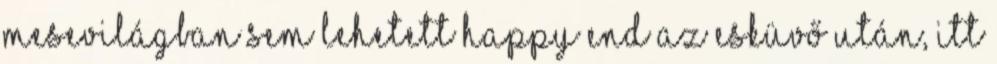
mesevilágban sem lehetett happy end az esküvő után, itt